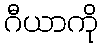
ဂီယာကို